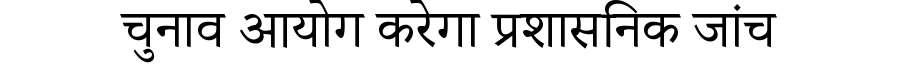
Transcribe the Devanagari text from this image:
चुनाव आयोग करेगा प्रशासनिक जांच